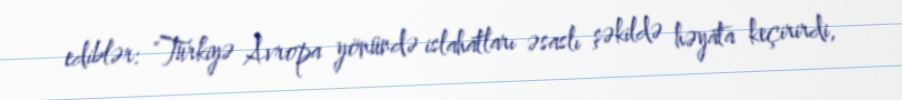
ediblər: "Türkiyə Avropa yönündə islahatları əsaslı şəkildə həyata keçirirdi,